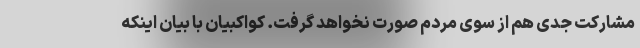
مشارکت جدی هم از سوی مردم صورت نخواهد گرفت. کواکبیان با بیان اینکه